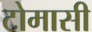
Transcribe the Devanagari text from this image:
टोमासी